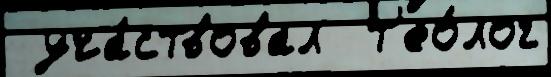
 уча́ствовал  т'ео́лог